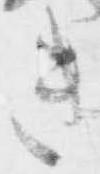
き